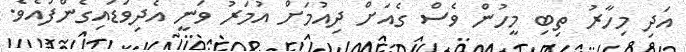
އަދި މިހާރު ތިބި މީހުން ވެސް ގެއަށް ދިއުމަށް އުމަރު ވަނީ އެދިވަޑައިގެންފައެވެ.